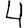
Digit: 4